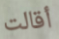
أقالت